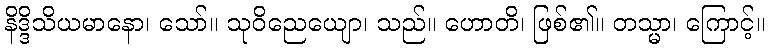
နိဒ္ဒိသိယမာနော၊ သော်။ သုဝိညေယျော၊ သည်။ ဟောတိ၊ ဖြစ်၏။ တသ္မာ၊ ကြောင့်။